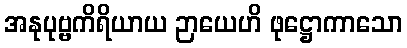
အနုပုဗ္ဗကိရိယာယ ဉာယေဟိ ဖုဋ္ဌောကာသော